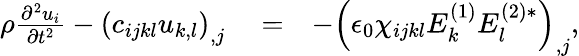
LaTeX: \begin{array}{rlr}{\rho\frac{\partial^{2}u_{i}}{\partial t^{2}}-\left(c_{ijkl}u_{k,l}\right)_{,j}}&{{}=}&{-\left(\epsilon_{0}\chi_{ijkl}E_{k}^{(1)}E_{l}^{(2)*}\right)_{,j},}\end{array}